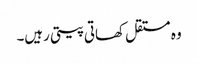
وہ مستقل کھاتی پیتی رہیں۔